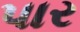
પાર